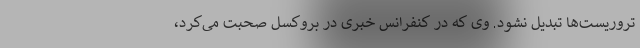
تروریست‌ها تبدیل نشود. وی که در کنفرانس خبری در بروکسل صحبت می‌کرد،